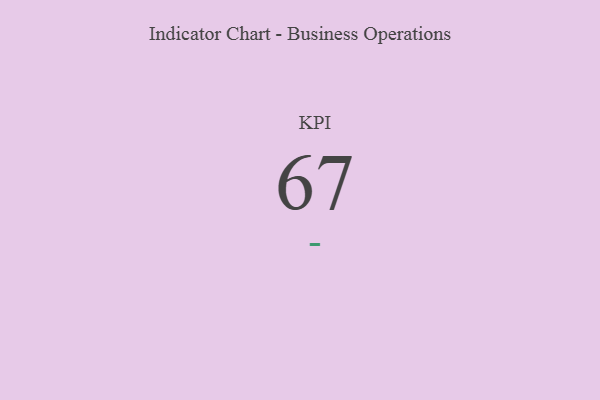
{"axis": {"x": "KPI", "y": "Value"}, "legend": [""], "data": [{"x": "KPI", "y": 67, "type": ""}]}